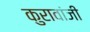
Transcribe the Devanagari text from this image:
कुरावांजी